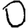
Digit: 0